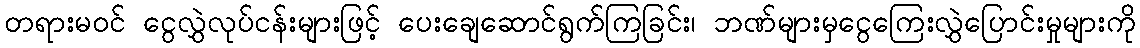
တရားမဝင် ငွေလွှဲလုပ်ငန်းများဖြင့် ပေးချေဆောင်ရွက်ကြခြင်း၊ ဘဏ်များမှငွေကြေးလွှဲပြောင်းမှုများကို